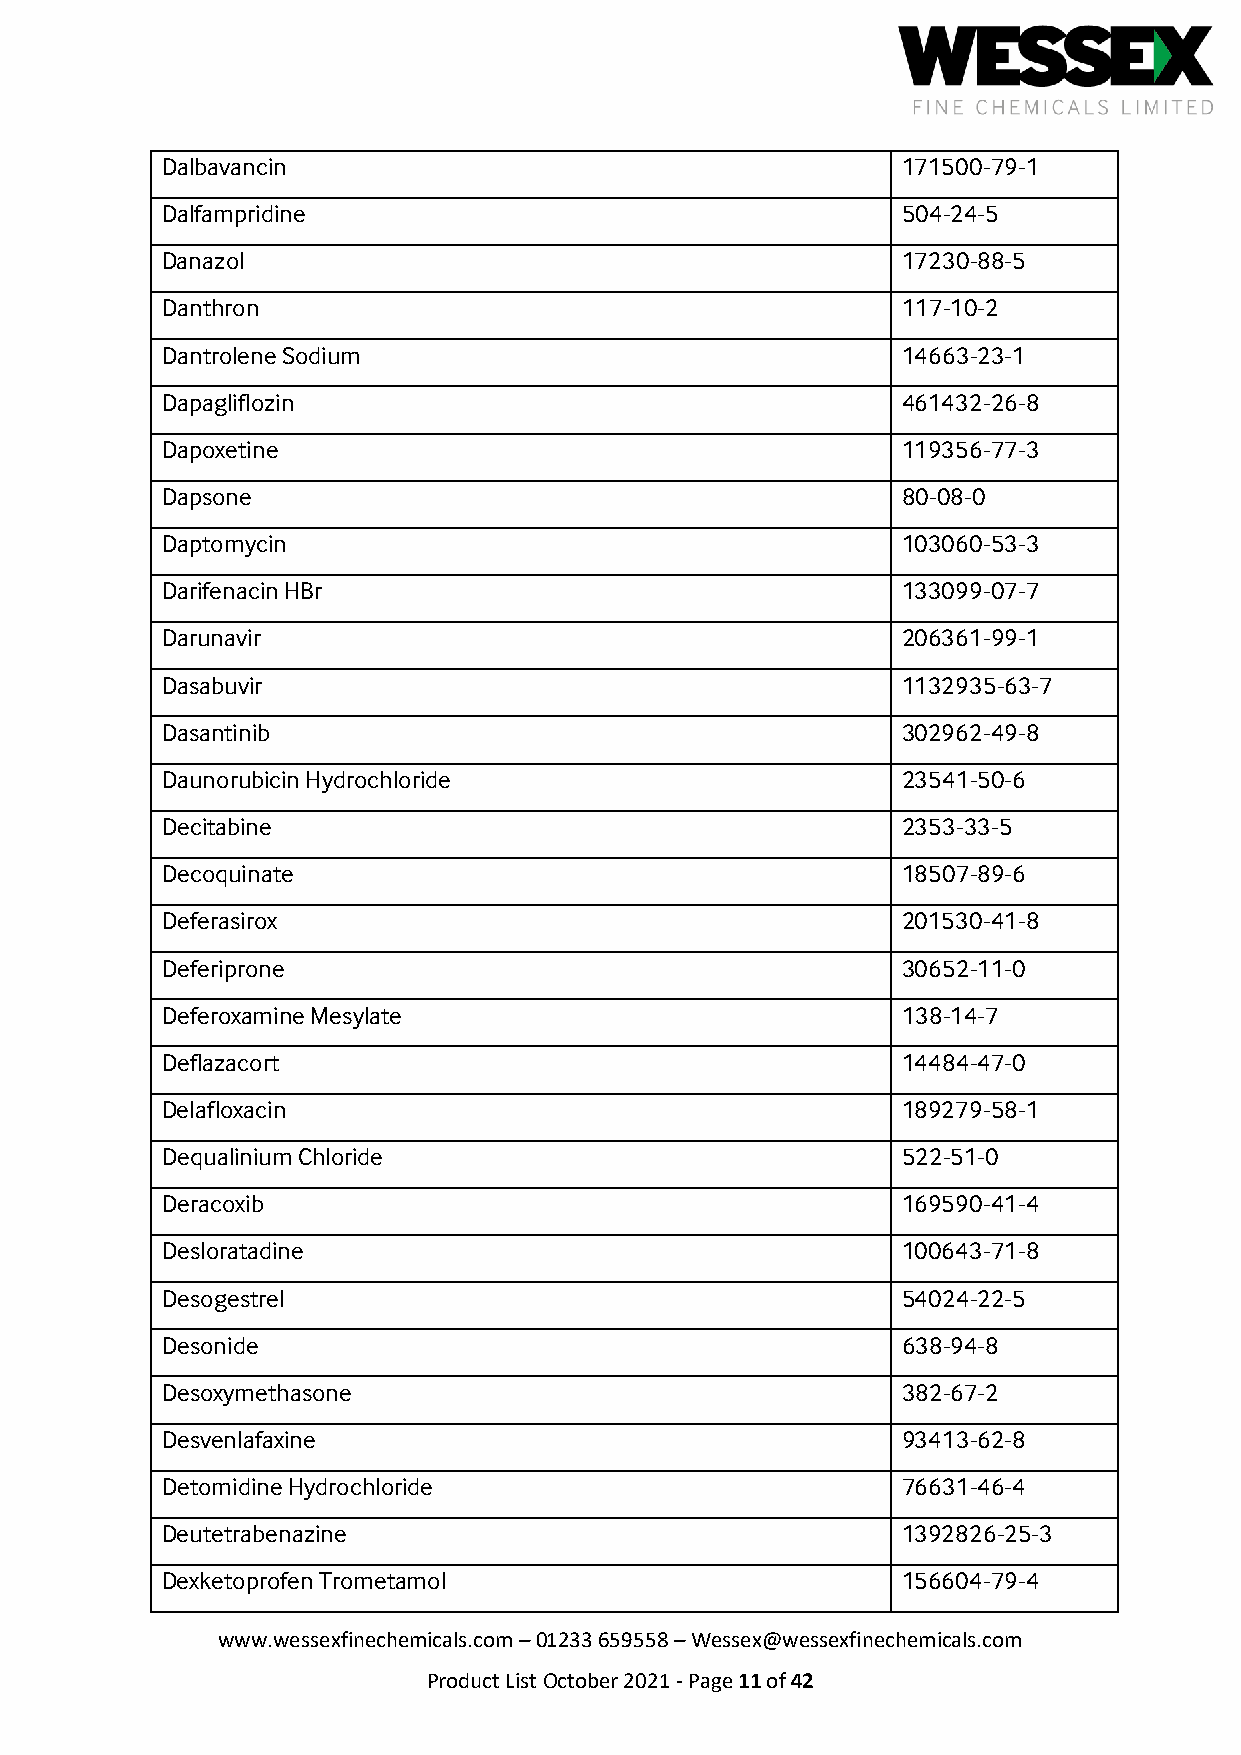
Dalbavancin                                      171500-79-1
 Dalfampridine                                    504-24-5
 Danazol                                          17230-88-5
 Danthron                                         117-10-2
 Dantrolene Sodium                                14663-23-1
 Dapagliflozin                                    461432-26-8
 Dapoxetine                                       119356-77-3
 Dapsone                                          80-08-0
 Daptomycin                                       103060-53-3
 Darifenacin HBr                                  133099-07-7
 Darunavir                                        206361-99-1
 Dasabuvir                                        1132935-63-7
 Dasantinib                                       302962-49-8
 Daunorubicin Hydrochloride                       23541-50-6
 Decitabine                                       2353-33-5
 Decoquinate                                      18507-89-6
 Deferasirox                                      201530-41-8
 Deferiprone                                      30652-11-0
 Deferoxamine Mesylate                            138-14-7
 Deflazacort                                      14484-47-0
 Delafloxacin                                     189279-58-1
 Dequalinium Chloride                             522-51-0
 Deracoxib                                        169590-41-4
 Desloratadine                                    100643-71-8
 Desogestrel                                      54024-22-5
 Desonide                                         638-94-8
 Desoxymethasone                                  382-67-2
 Desvenlafaxine                                   93413-62-8
 Detomidine Hydrochloride                         76631-46-4
 Deutetrabenazine                                 1392826-25-3
 Dexketoprofen Trometamol                         156604-79-4
 www.wessexfinechemicals.com – 01233 659558 – Wessex@wessexfinechemicals.com
 Product List October 2021 - Page 11 of 42